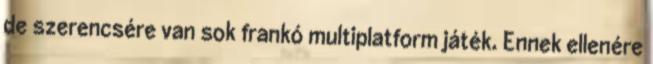
de szerencsére van sok frankó multiplatform játék. Ennek ellenére